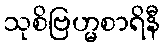
သုစိဗြဟ္မစာရိနီ